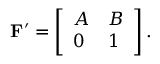
\begin{array} { r } { \mathbf { F ^ { \prime } } = \left[ \begin{array} { l l } { A } & { B } \\ { 0 } & { 1 } \end{array} \right] . } \end{array}